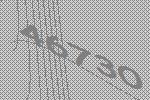
46730